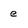
Character: e